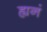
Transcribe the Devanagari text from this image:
ह्यनं